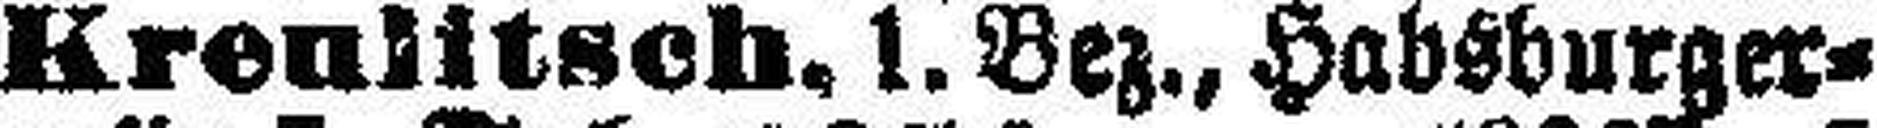
Kreulitsch, 1. Bez., Habsburger¬